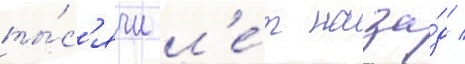
ты́с'ячи л'е́т наза́д /